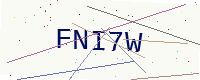
Text: FNI7W